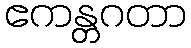
ဧကန္တဂတာ